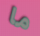
ما